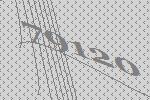
79120